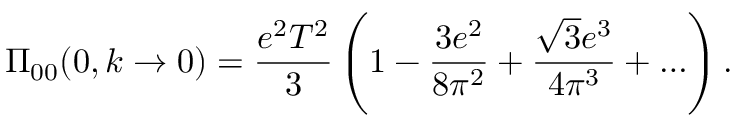
\Pi _ { 0 0 } ( 0 , k \to 0 ) = { \frac { e ^ { 2 } T ^ { 2 } } { 3 } } \left( 1 - { \frac { 3 e ^ { 2 } } { 8 \pi ^ { 2 } } } + { \frac { \sqrt 3 e ^ { 3 } } { 4 \pi ^ { 3 } } } + \ldots \right) .